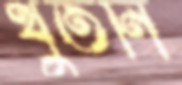
থুঁতনি